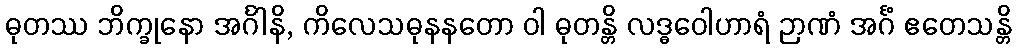
ဓုတဿ ဘိက္ခုနော အင်္ဂါနိ, ကိလေသဓုနနတော ဝါ ဓုတန္တိ လဒ္ဓဝေါဟာရံ ဉာဏံ အင်္ဂံ ဧတေသန္တိ